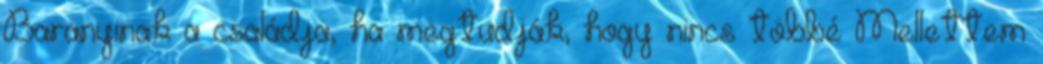
Baranyinak a családja, ha megtudják, hogy nincs többé Mellettem